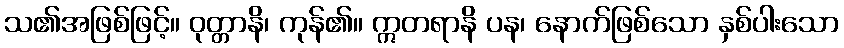
သ၏အဖြစ်ဖြင့်။ ဝုတ္တာနိ၊ ကုန်၏။ ဣတရာနိ ပန၊ နောက်ဖြစ်သော နှစ်ပါးသော